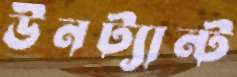
উনট্যান্ট